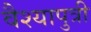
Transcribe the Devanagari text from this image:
वैश्यापुत्री